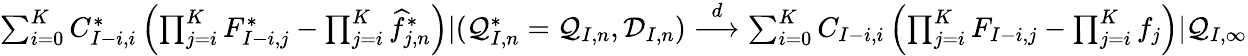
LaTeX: \begin{array}{r}{\sum_{i=0}^{K}C_{I-i,i}^{*}\left(\prod_{j=i}^{K}F_{I-i,j}^{*}-\prod_{j=i}^{K}\widehat f_{j,n}^{*}\right)|(\mathcal{Q}_{I,n}^{*}=\mathcal{Q}_{I,n},\mathcal{D}_{I,n})\overset{d}{\longrightarrow}\sum_{i=0}^{K}C_{I-i,i}\left(\prod_{j=i}^{K}F_{I-i,j}-\prod_{j=i}^{K}f_{j}\right)|\mathcal{Q}_{I,\infty}}\end{array}